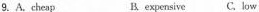
9.A.cheap B. expersive C. low